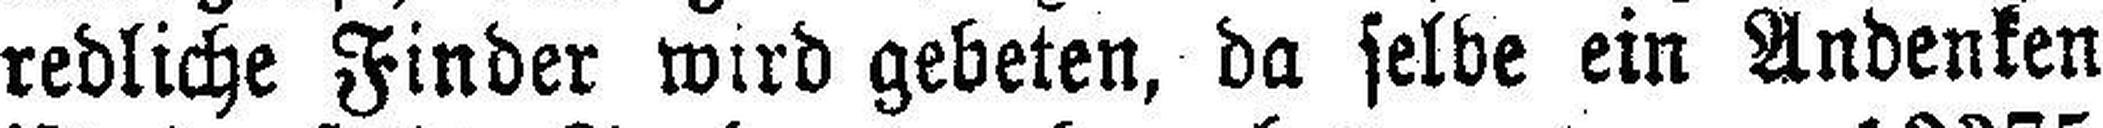
redliche Finder wird gebeten, da selbe ein Andenken